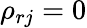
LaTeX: \rho_{rj}=0